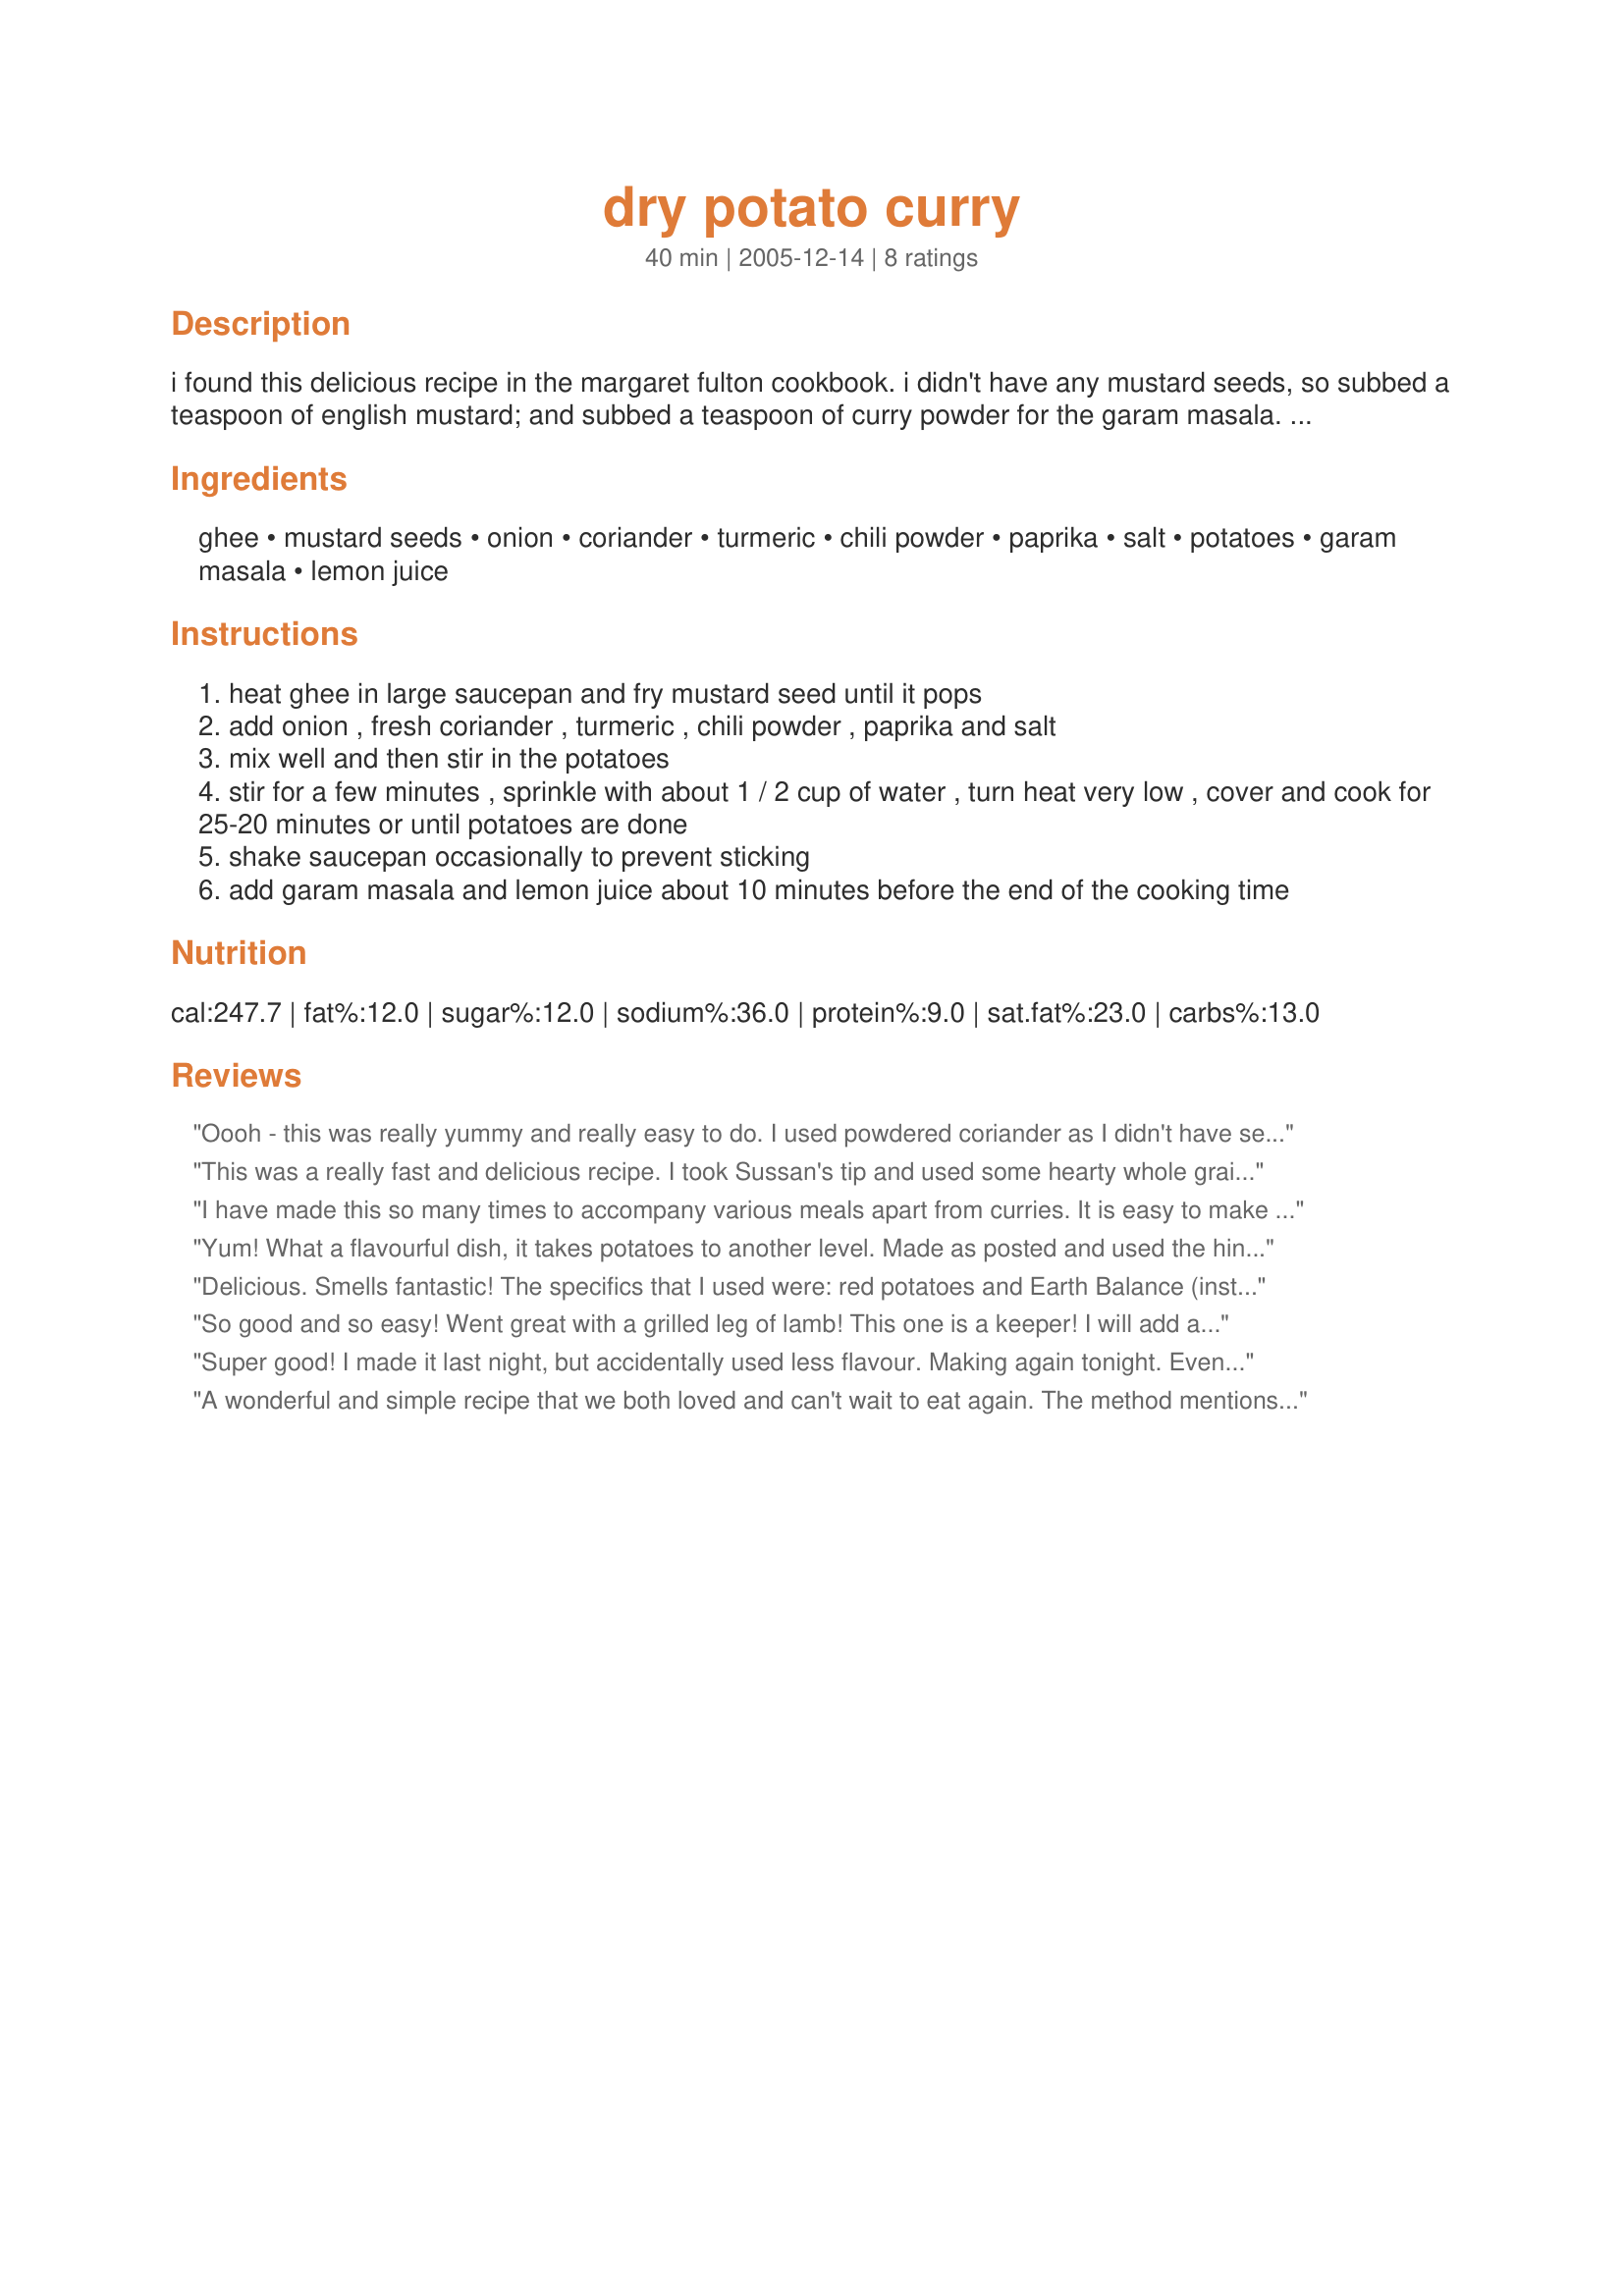
dry potato curry
Preparation time: 40 minutes

i found this delicious recipe in the margaret fulton cookbook. i didn't have any mustard seeds, so subbed a teaspoon of english mustard; and subbed a teaspoon of curry powder for the garam masala. we had it with a thai red prawn curry and steamed rice, but it is often served as a main dish for vegetarian meals. edited 16 december to include salt and paprika in ingredients.

Ingredients:
ghee, mustard seeds, onion, coriander, turmeric, chili powder, paprika, salt, potatoes, garam masala, lemon juice

Steps:
heat ghee in large saucepan and fry mustard seed until it pops
add onion , fresh coriander , turmeric , chili powder , paprika and salt
mix well and then stir in the potatoes
stir for a few minutes , sprinkle with about 1 / 2 cup of water , turn heat very low , cover and cook for 25-20 minutes or until potatoes are done
shake saucepan occasionally to prevent sticking
add garam masala and lemon juice about 10 minutes before the end of the cooking time

Reviews:
Oooh - this was really yummy and really easy to do. I used powdered coriander as I didn't have seeds; not mint. I didn't have Garam Masala so used a Thai Red Curry Paste which, far as I can tell, is very similiar. Otherwise I didn't change a thing and this is definitely going into my Favourites Cookbook.
This was a really fast and delicious recipe. I took Sussan's tip and used some hearty whole grain mustard in place of the mustard seeds, I also used about 1/2 to 3/4 cups vegetable boullion while cooking to help create a saucy sauce - everything else was the same. This was so simple and easy to prepare - we loved it and I know we are going to make this a standard when it's Indian night here in our household! :)
I have made this so many times to accompany various meals apart from curries. It is easy to make & very tasty in its own right. You deserve another 5 star rating, thank you very much for a regular in our house.
Yum! What a flavourful dish, it takes potatoes to another level. Made as posted and used the hint to sub garam masala with curry powder as I'd run out. I have some leftovers which I intend chopping a bit smaller, adding some peas and making into samosas. Thanks for posting!
Delicious. Smells fantastic! The specifics that I used were: red potatoes and Earth Balance (instead of ghee).

I wonder if this would have been even better (look and/or taste) with black mustard seeds. I've seen recipes call for those specifically. It tasted great but could have used a little more pretty for the presentation. Perhaps next time some black mustard seeds and peas.
So good and so easy! Went great with a grilled leg of lamb! This one is a keeper! I will add a little more chili powder next time, though. I used new white potatoes and left the skins on. Made this for ZWT III.
Super good! I made it last night, but accidentally used less flavour. Making again tonight. Even my next door neighbour from India said it was good!! Hubby was very impressed!!
A wonderful and simple recipe that we both loved and can't wait to eat again. The method mentions paprika, but it's not in the ingredients likewise the salt-I used a teaspoon of each. I used the optional chilli powder and a sprinkling of more fresh coriander to finish. Thanks for a great recipe Sussan
